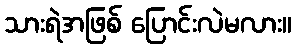
သားရဲအဖြစ် ပြောင်းလဲမလား။